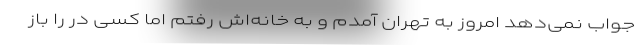
جواب نمی‌دهد امروز به تهران آمدم و به خانه‌اش رفتم اما کسی در را باز